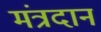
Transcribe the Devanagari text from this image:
मंत्रदान